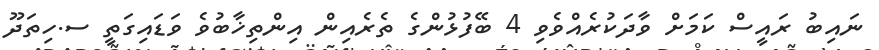
ނައިބު ރައީސް ކަމަށް ވާދަކުރެއްވެވި 4 ބޭފުޅުންގެ ތެރެއިން އިންތިޚާބުވެ ވަޑައިގަތީ ސ.ހިތަދޫ